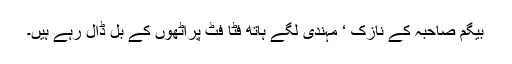
بیگم صاحبہ کے نازک ‘ مہندی لگے ہاتھ فٹا فٹ پراٹھوں کے بل ڈال رہے ہیں۔